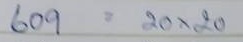
609 = 20x20